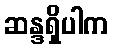
ဆန္ဒရှိပါက